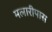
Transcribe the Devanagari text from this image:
मलारीपास